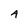
Character: 4